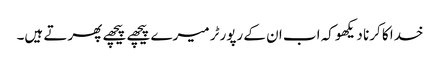
خدا کا کرنا دیکھو کہ اب ان کے رپورٹر میرے پیچھے پیچھے پھرتے ہیں۔